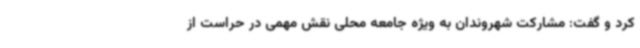
کرد و گفت: مشارکت شهروندان به ویژه جامعه محلی نقش مهمی در حراست از